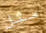
مثل